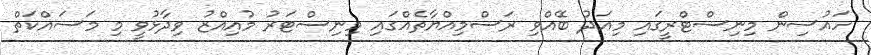
ހައުސިން މިނިސްޓްރީގައި މިއަދު ބޭއްވި ރަސްމިއްޔާތެއްގައި މިނިސްޓަރު މުއިއްޒު ވިދާޅުވީ މި މަސައްކަތް